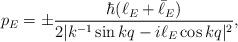
LaTeX: \begin{align*}p_E=\pm{\hbar (\ell_E+\bar\ell_E)\over 2|k^{-1}\sin kq-i\ell_E \cos kq|^2},\end{align*}